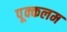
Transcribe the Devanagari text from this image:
पूक्कलम